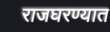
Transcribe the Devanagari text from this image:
राजघरण्यात